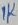
Text: 1K